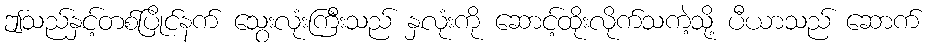
ဤသည်နှင့်တစ်ပြိုင်နက် သွေးလုံးကြီးသည် နှလုံးကို ဆောင့်ထိုးလိုက်သကဲ့သို့ ပီယာသည် ဆောက်